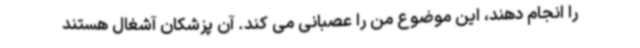
را انجام دهند، این موضوع من را عصبانی می کند. آن پزشکان آشغال هستند